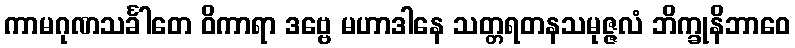
ကာမဂုဏသင်္ခါတေ ဝိကာရာ ဒဗ္ဗေ မဟာဒါနေ သတ္တရတနသမုဇ္ဇလံ ဘိက္ခုနိဘာဝေ